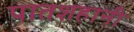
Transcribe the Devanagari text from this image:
पातशहानी